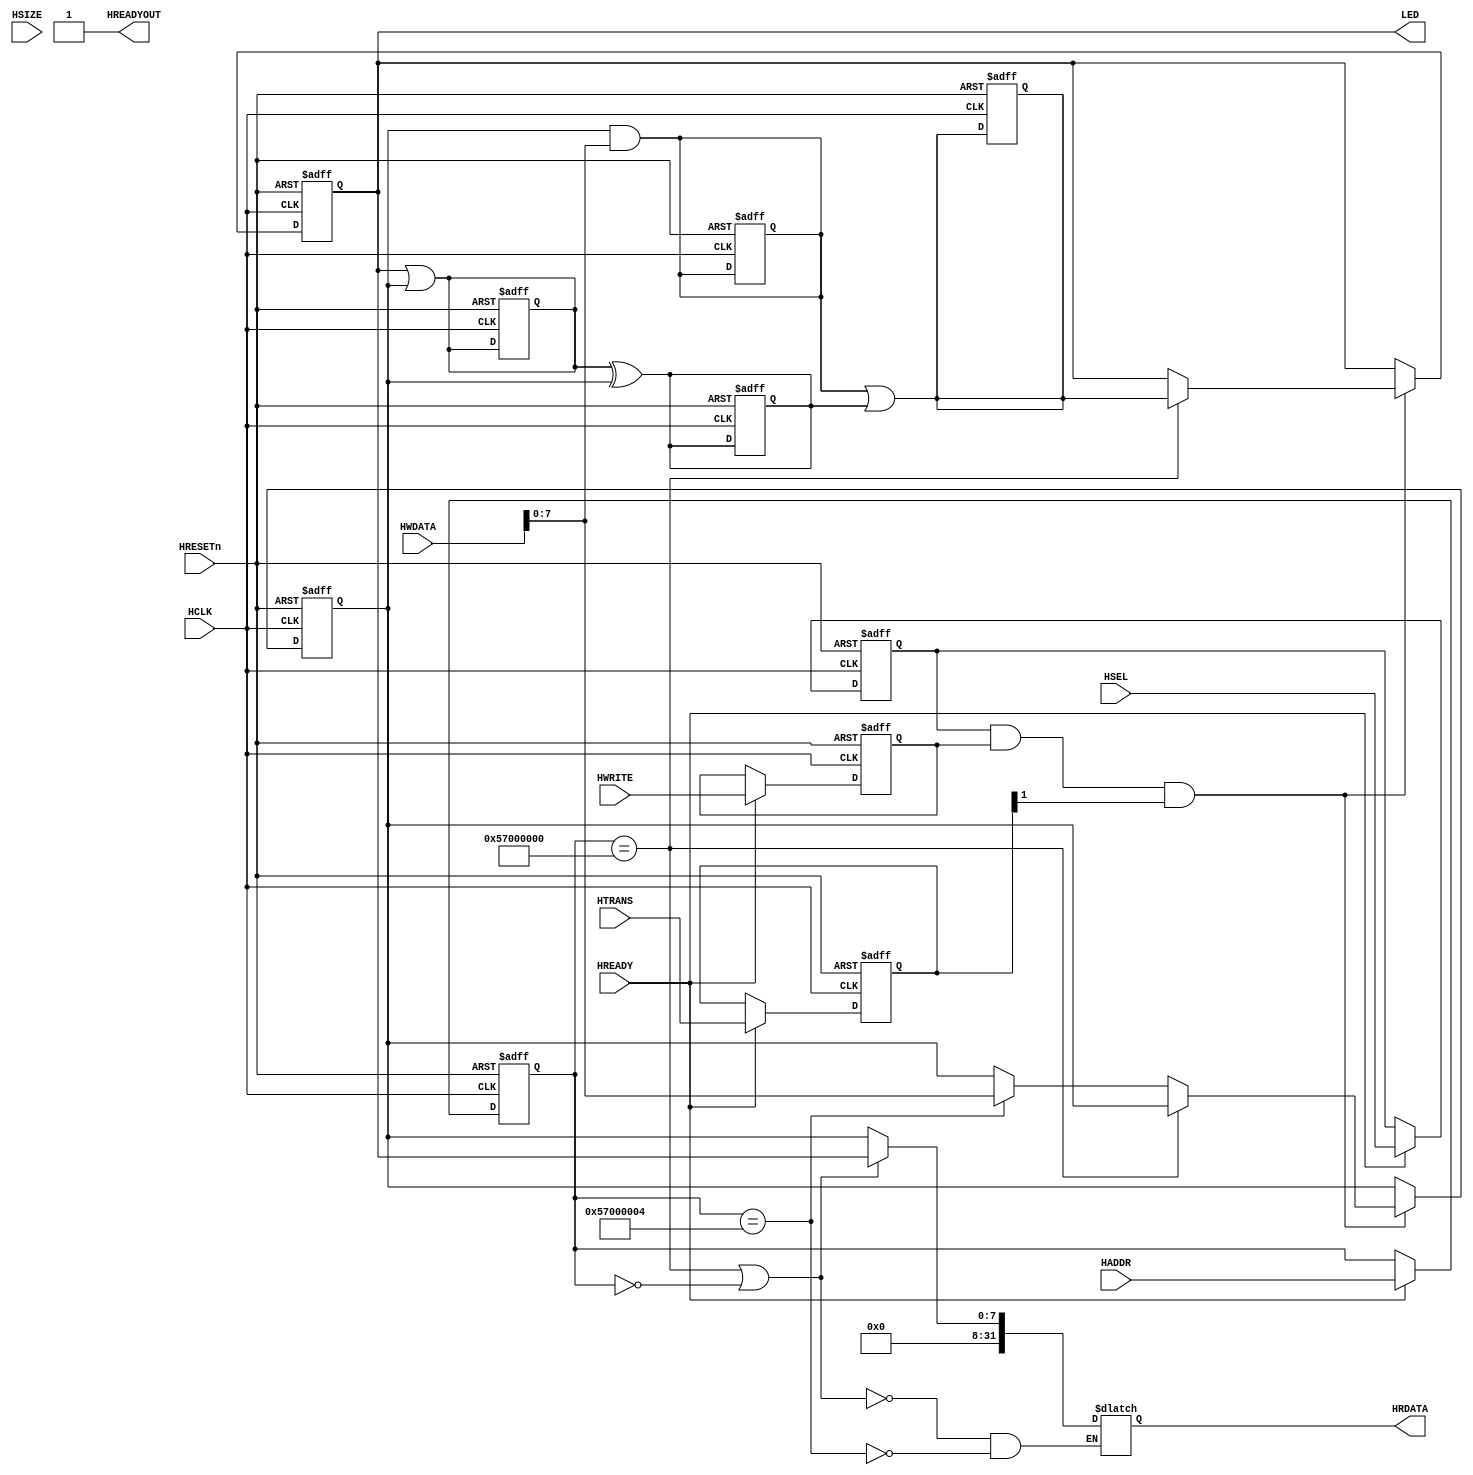
module AHB2LED(
	//AHBLITE INTERFACE
		//Slave Select Signals
			input wire HSEL,
		//Global Signal
			input wire HCLK,
			input wire HRESETn,
		//Address, Control & Write Data
			input wire HREADY,
			input wire [31:0] HADDR,
			input wire [1:0] HTRANS,
			input wire HWRITE,
			input wire [2:0] HSIZE,
			
			input wire [31:0] HWDATA,
		// Transfer Response & Read Data
			output wire HREADYOUT,
			output wire [31:0] HRDATA,
		//LED Output
			output wire [7:0] LED
);

//Address Phase Sampling Registers
  reg rHSEL;
  reg [31:0] rHADDR, rHRDATA;
  reg [1:0] rHTRANS;
  reg rHWRITE;
  reg [2:0] rHSIZE;

  reg [7:0] rLED, rMASK;
  reg [7:0] masktp [4:1];
  integer i;
 
//Address Phase Sampling
  always @(posedge HCLK or negedge HRESETn)
  begin
	 if(!HRESETn)
	 begin
		rHSEL	<= 1'b0;
		rHADDR	<= 32'h0;
		rHTRANS	<= 2'b00;
		rHWRITE	<= 1'b0;
		rHSIZE	<= 3'b000;
		for(i=1; i<=4; i=i+1) masktp[i][7:0] <= 0;
	 end
    else if(HREADY)
    begin
		rHSEL	<= HSEL;
		rHADDR	<= HADDR;
		rHTRANS	<= HTRANS;
		rHWRITE	<= HWRITE;
		rHSIZE	<= HSIZE;
    end
  end

 

//Data Phase data transfer
  always @(posedge HCLK or negedge HRESETn)
  begin
    if(!HRESETn) begin
      	rLED <= 8'h00;
		rMASK <= 8'hff;
	end
    else if(rHSEL & rHWRITE & rHTRANS[1]) begin
		if (rHADDR == 32'h57000000) begin
			// rLED <= HWDATA[7:0];
			rLED <= masktp[4];
		end
		else if (rHADDR == 32'h57000004)
			rMASK <= HWDATA[7:0];
		// rLED <= HWDATA[7:0];
	end
  end
  always @(*) begin
	masktp[1] <= rLED | rMASK;
	masktp[2] <= masktp[1] ^ rMASK;
	masktp[3] <= rMASK & HWDATA[7:0];
	masktp[4] <= masktp[3] | masktp[2];
  end

//Transfer Response
  assign HREADYOUT = 1'b1; //Single cycle Write & Read. Zero Wait state operations

//Read Data  
  // assign HRDATA = {24'h0000_00,rLED};
	always @(*) begin
		if (rHADDR == 32'h57000000 | rHADDR == 32'h0000_0000)
			rHRDATA <= {24'h0000_00,rLED};
		else if (rHADDR == 32'h57000004)
			rHRDATA <= {24'h0000_00,rMASK};
	end
	assign HRDATA = rHRDATA;
  assign LED = rLED;

endmodule